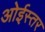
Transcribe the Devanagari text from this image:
ओईस्तर